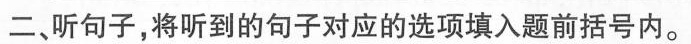
二、听句子，将听到的句子对应的选项填入题前括号内。